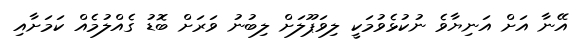
އޭނާ އަށް އަނިޔާވެ ނުކުޅެވުމަކީ ލިވަޕޫލަށް ލިބުނު ވަރަށް ބޮޑު ގެއްލުމެއް ކަމަށާއި